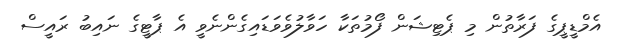
އެމްޑީޕީގެ ފަރާތުން މި ޕެޓިޝަން ފޯމުތަކާ ހަވާލުވެވަޑައިގެންނެވީ އެ ޕާޓީގެ ނައިބު ރައީސް